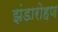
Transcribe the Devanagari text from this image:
झंडारोहण